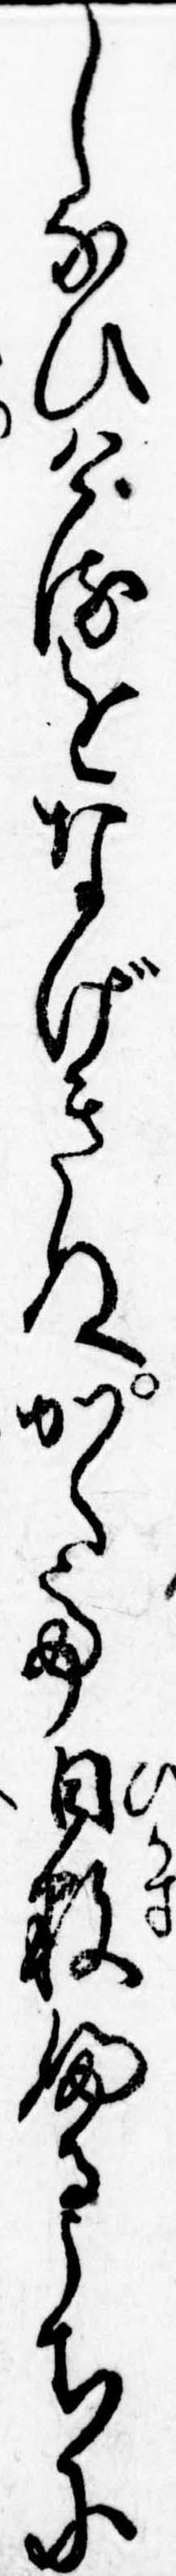
しなひけるをなげきぬかくて日数ふるうちに